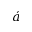
\acute { a }